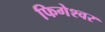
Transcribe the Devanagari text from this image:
फिगेश्वर